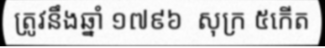
ត្រូវនឹងឆ្នាំ ១៧៩៦  សុក្រ ៥កើត